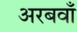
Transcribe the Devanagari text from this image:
अरबवाँ